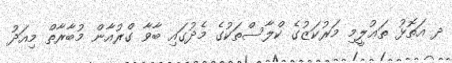
ދ އަތޮޅު ތަޢުލީމި މަރުކަޒުގެ ކްލާސްތަކުގެ މެދުގައި ބާވާ ގްރުއާން މުބާރާތް މިއަދު